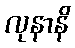
လုနာနိ